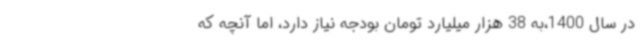
در سال 1400،به 38 هزار میلیارد تومان بودجه نیاز دارد، اما آنچه که